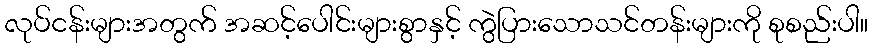
လုပ်ငန်းများအတွက် အဆင့်ပေါင်းများစွာနှင့် ကွဲပြားသောသင်တန်းများကို စုစည်းပါ။